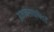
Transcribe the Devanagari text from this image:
अभावसाक्षित्वें